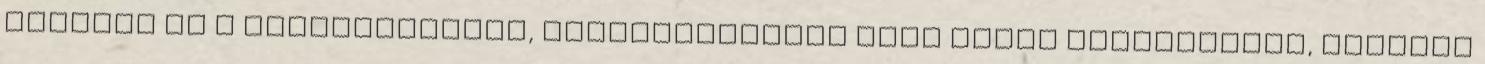
mondják el a véleményünket, gondolatainkat vagy éppen érzéseinket, ahogyan